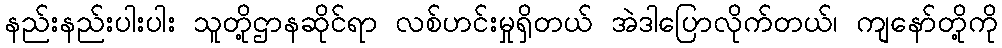
နည်းနည်းပါးပါး သူတို့ဌာနဆိုင်ရာ လစ်ဟင်းမှုရှိတယ် အဲဒါပြောလိုက်တယ်၊ ကျနော်တို့ကို